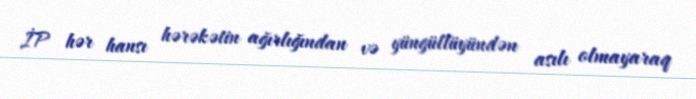
İP hər hansı hərəkətin ağırlığından və yüngüllüyündən asılı olmayaraq